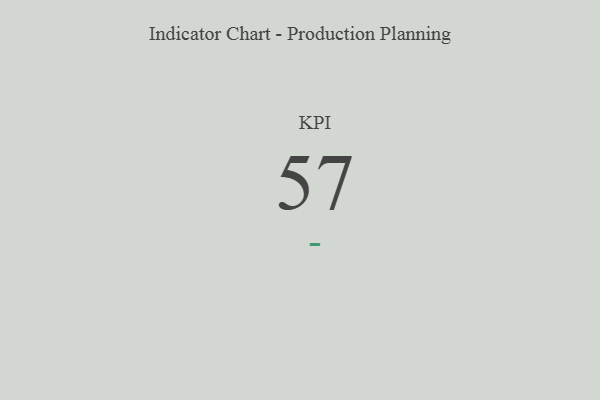
{"axis": {"x": "KPI", "y": "Value"}, "legend": [""], "data": [{"x": "KPI", "y": 57, "type": ""}]}